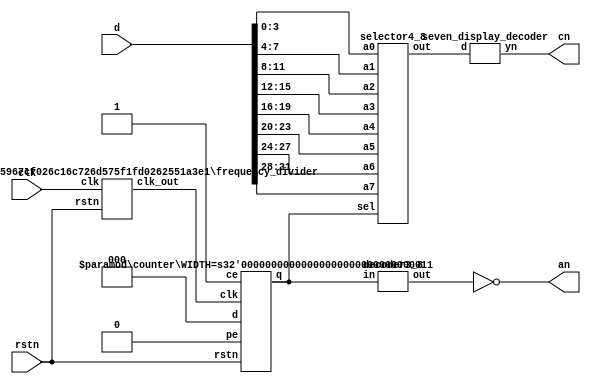
`timescale 1ns / 1ps
//////////////////////////////////////////////////////////////////////////////////
// Company: 
// Engineer: 
// 
// Design Name: 
// Module Name: dynamic_display
// Project Name: 
// Target Devices: 
// Tool Versions: 
// Description: 
// 
// Dependencies: 
// 
// Revision:
// Revision 0.01 - File Created
// Additional Comments:
// 
//////////////////////////////////////////////////////////////////////////////////


module dynamic_display(
    input       clk, rstn,
    input  [31:0] d,
    output [7:0] an,
    output [6:0] cn
);
    frequency_divider #(.WIDTH(32), .k(32'd20_0000)) FRD(.clk(clk), .rstn(rstn), .clk_out(clkd));
    wire [2:0] q;
    counter #(.WIDTH(3)) CNT(.clk(clkd), .rstn(rstn), .pe(1'b0), .ce(1'b1), .d(3'b0), .q(q[2:0]));
    wire [7:0] dcd_out;
    decoder3_8 DCD(.in(q[2:0]), .out(dcd_out[7:0]));
    assign an[7:0] = ~dcd_out[7:0];
    wire [3:0] din;
    selector4_8 SEL(.a0(d[3:0]), .a1(d[7:4]), .a2(d[11:8]), .a3(d[15:12]), .a4(d[19:16]), .a5(d[23:20]), .a6(d[27:24]), .a7(d[31:28]), .sel(q[2:0]), .out(din[3:0]));
    seven_display_decoder SDD(.d(din), .yn(cn));
endmodule


module  counter #(
    parameter   WIDTH = 16, 
              RST_VLU = 0
)(
    input clk, rstn, pe, ce, 
    input [WIDTH-1:0] d,
    output reg [WIDTH-1:0] q
);
    always @(posedge clk, negedge rstn) begin
        if (!rstn)    q <= RST_VLU;
        else if (pe)  q <= d;
        else if (ce)  q <= q - 1; 
    end
endmodule

module frequency_divider #(
    parameter WIDTH = 16, k = 4  
)(
    input      clk, rstn,
    output reg clk_out
    );
    reg [WIDTH - 1: 0] cnt;
    always @(posedge clk, negedge rstn) begin
        if (!rstn)
            cnt <= k - 1;
        else if(cnt == 0)
            cnt <= k - 1;
        else
            cnt <= cnt - 1;
    end
    
    always @(posedge clk, negedge rstn) begin
        if (!rstn)
            clk_out <= 0;
        else
            clk_out <= (cnt > ((k - 1) >> 1));
    end
endmodule

module decoder3_8(
    input      [2:0] in,
    output reg [7:0] out
    );
    always @(*) begin
        out = 8'b0;
        case(in)
        3'd0: out = 8'b0000_0001;
        3'd1: out = 8'b0000_0010;
        3'd2: out = 8'b0000_0100;
        3'd3: out = 8'b0000_1000;
        3'd4: out = 8'b0001_0000;
        3'd5: out = 8'b0010_0000;
        3'd6: out = 8'b0100_0000;
        3'd7: out = 8'b1000_0000;
        endcase
    end
endmodule

module selector4_8(
    input      [3:0] a0, a1, a2, a3, a4, a5, a6, a7,
    input      [2:0] sel,
    output reg [3:0] out
    );
    always @(*) begin
        out = a0;
        case(sel)
        3'd0: out = a0;
        3'd1: out = a1;
        3'd2: out = a2;
        3'd3: out = a3;
        3'd4: out = a4;
        3'd5: out = a5;
        3'd6: out = a6;
        3'd7: out = a7;
        endcase
    end
endmodule

module seven_display_decoder (
    input [3:0] d,
    output reg [6:0] yn
);
    always @(*) begin
        yn = 7'b111_1110;
        case(d)
        4'd0: yn = 7'b000_0001;
        4'd1: yn = 7'b100_1111;
        4'd2: yn = 7'b001_0010;
        4'd3: yn = 7'b000_0110;
        4'd4: yn = 7'b100_1100;
        4'd5: yn = 7'b010_0100;
        4'd6: yn = 7'b010_0000;
        4'd7: yn = 7'b000_1111;
        4'd8: yn = 7'b000_0000;
        4'd9: yn = 7'b000_0100;
        4'ha: yn = 7'b000_1000;
        4'hb: yn = 7'b110_0000;
        4'hc: yn = 7'b011_0001;
        4'hd: yn = 7'b100_0010;
        4'he: yn = 7'b011_0000;
        4'hf: yn = 7'b011_1000;
        endcase
    end
endmodule